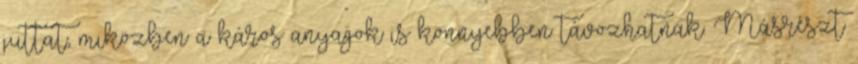
juttat, miközben a káros anyagok is könnyebben távozhatnak. Másrészt